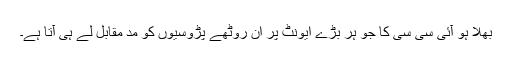
بھلا ہو آئی سی سی کا جو ہر بڑے ایونٹ پر ان روٹھے پڑوسیوں کو مد ِمقابل لے ہی آتا ہے۔